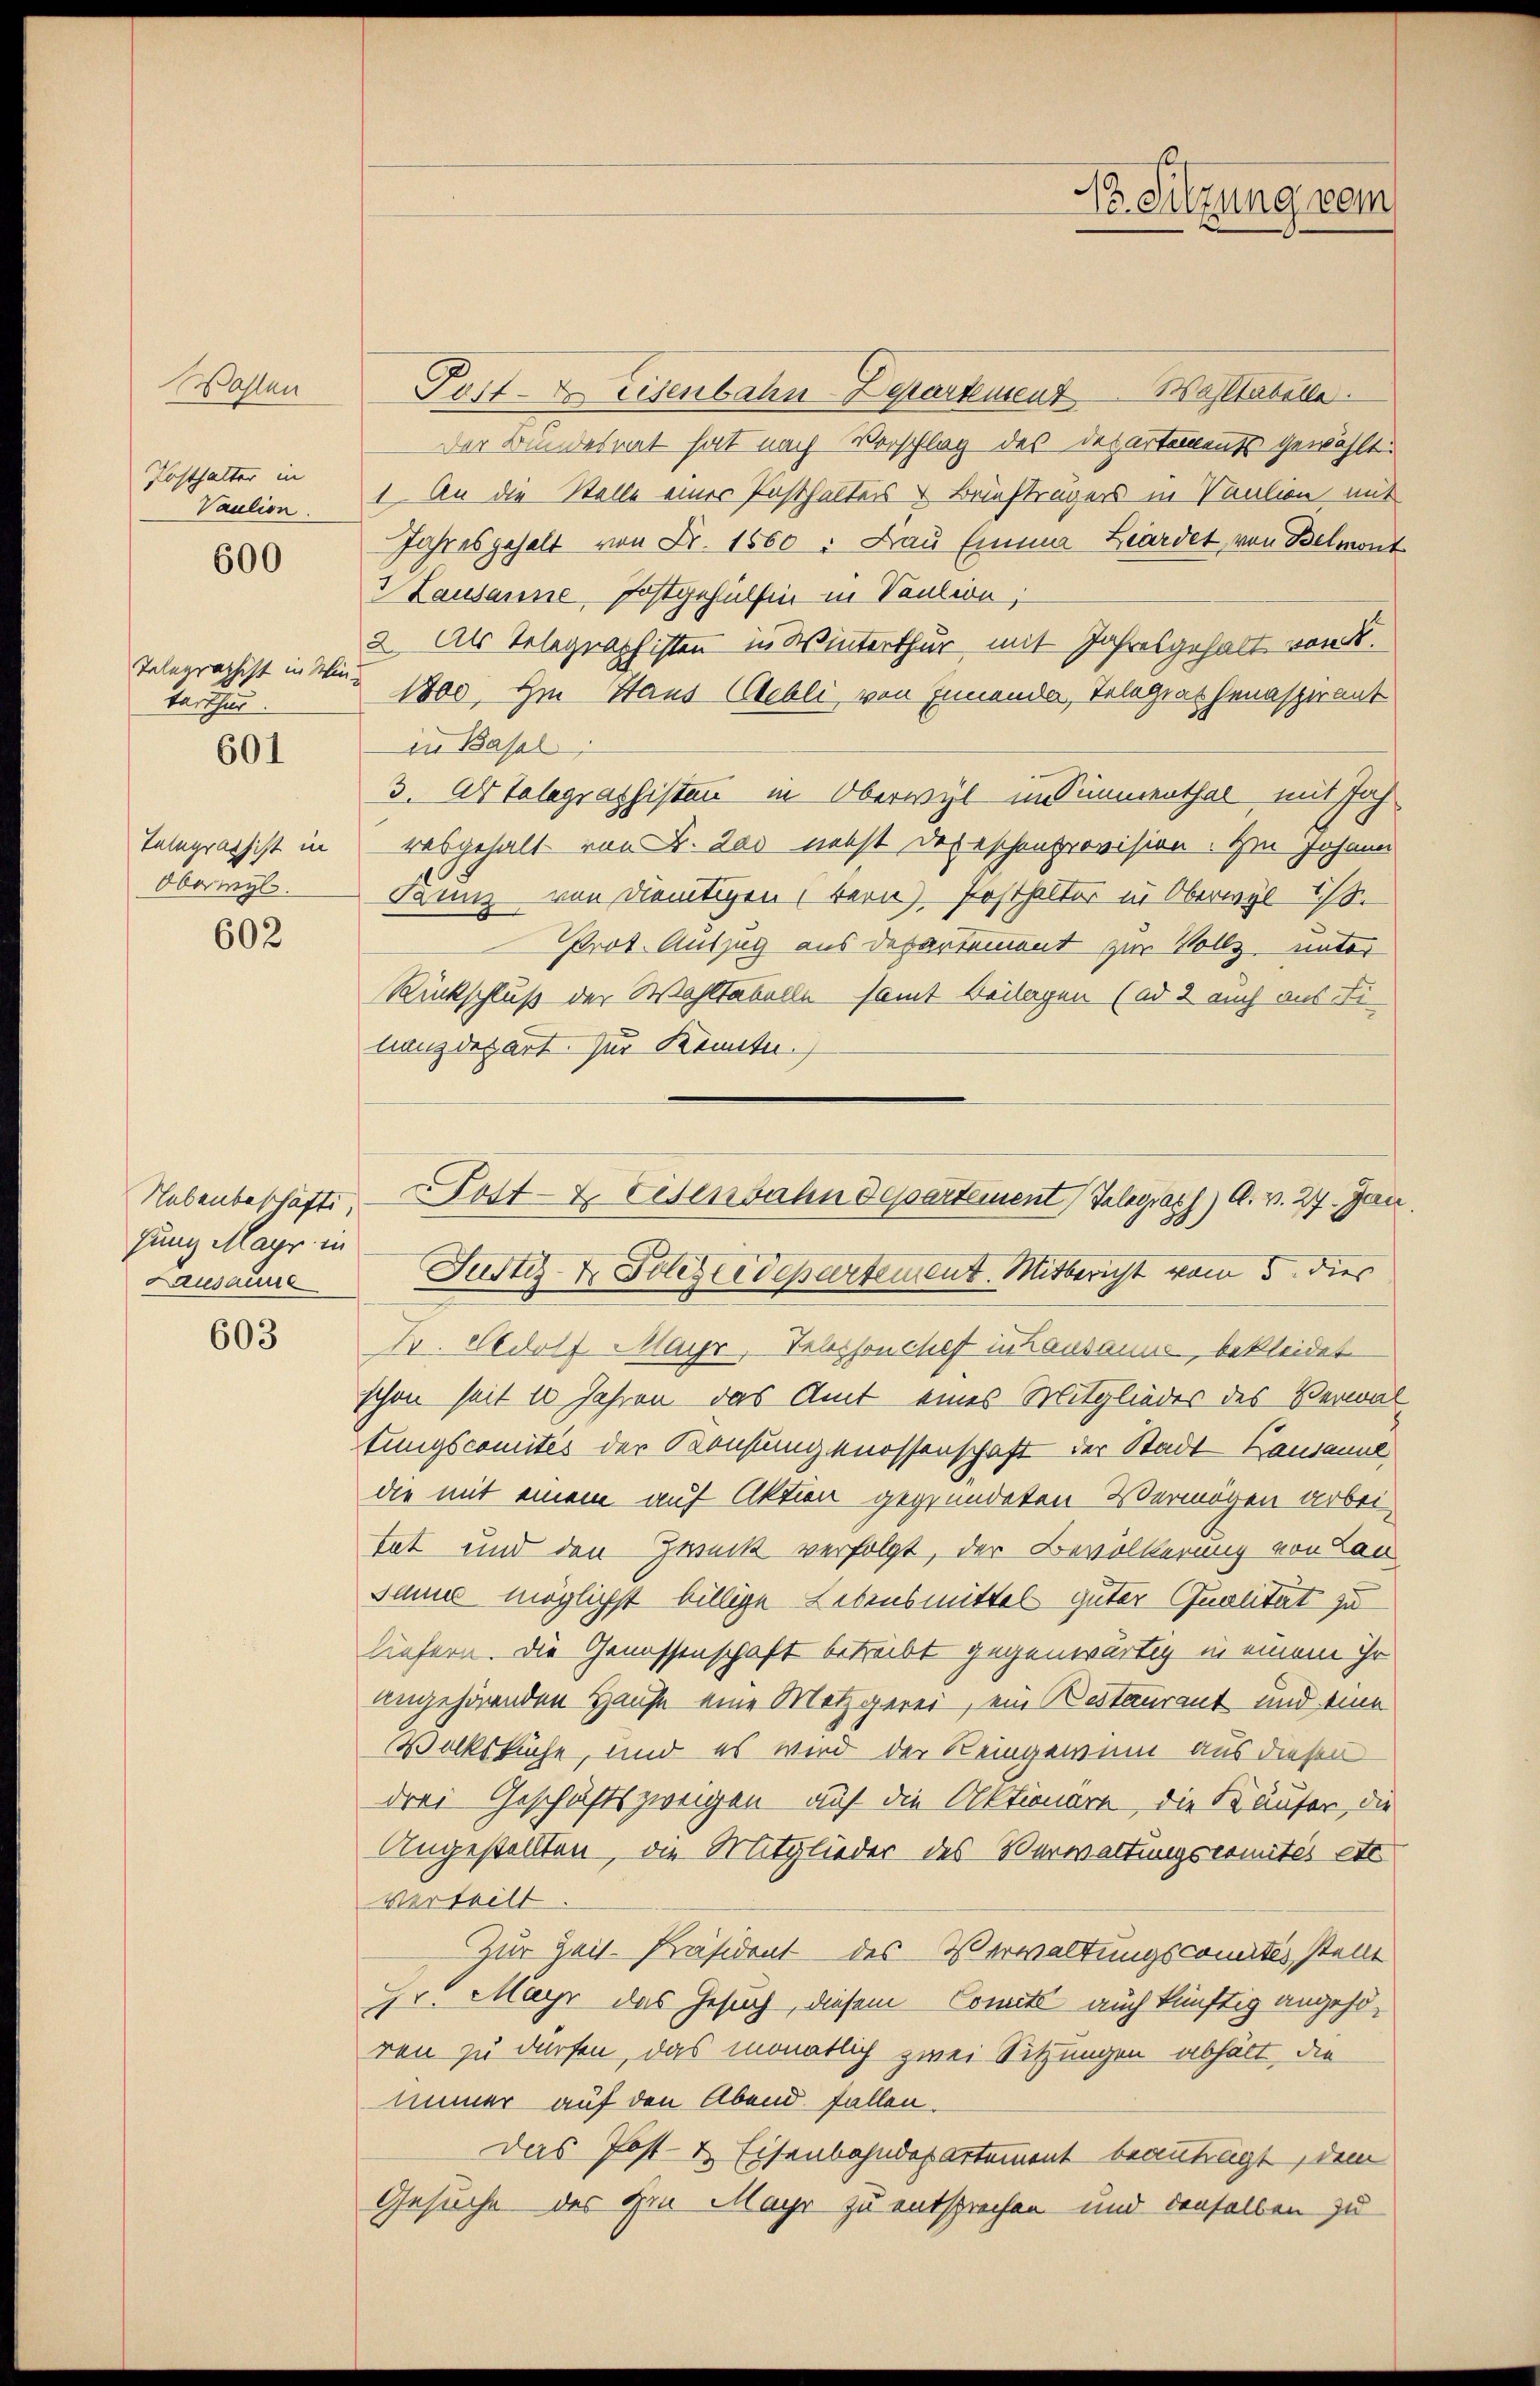
Wohlen
Posthalter in
Vaution

600

Telegraphist in Win
tarthur

601

Telegraphist in
Oberwyl

602

Nebenbeschäfts,
gung Mayr in
Lausaure

603

Post- & Eisenbahn Departement Waltabelle.
Der Bundesrat hat nach Vorschlag des Departements gewählt.
1. An die Stelle einer Posthalters & Briefträgers in Vaution mit
Jahresgehalt von Fr. 1860. Frau Emma Liardet, von Belmont
3 Lausanne Postgehülfen in Saution.
2. Als Telegraphisten in Winterthur mit Jahresgehalt von K.
1800. Im Haus Gebli von Innende, Telegrathenaspirant
in Basel
3. Ab Telegraphisten in Oberwyl im Simmenthal mit Jahausgehalt von Fr. 200 nebst Depeschenprovision. Zu Johann
Daunz von dientigen, bern) Posthalter in Oberwyl 1 S.
Prot. Auszug aus Departement zur Vollz unter
Rückschluß der Wahltabelle samt Beilagen (ad 2 auch aus Filanz des Art. Zur Kenntn
Justiz- & Polizeidepartement. Mitbericht vom 5. dies
Fr. Adolf Mayr, Telephonchef in Lausanne, bekleidet.
schon seit 10 Jahren das Amt eines Mitglieder des Verwal
tungscomités der Konsungenossenschaft der Stadt Lausanne
die mit einem auf Aktion gegründeten Vermögen arbeitat und den Zweck verfolgt, der Bevölkerung von Lau
San möglichst billige Lebensmittel guter Qualität zu
liefern. Die Genossenschaft betreibt gegenwärtig in einem ihr
angehörenden Hause eine Metzgerei, ein Restaurant und eine
Volksküche, und es wird der Reingewinn aus diesen
drei Geschäftszweigen auf die Aktionare, die Käufer, die
Angestellten, die Mitglieder des Verwaltungscomités etc
verteilt
Zur Zeit-Präsident des Verwaltungscomités, stein
Hr. Mayr das Gesuch, diesem Comits auch künftig angehören zu dürfen, das monatlich zwei Sitzungen abhält, die
immer auf den Abend fallen.
Das Post- & Eisenbahndepartement beantragt, dem
Gesuche des im Mayr zu entsprechen und denselben zu

Post- & Eisenbahndepartement Telegraph) A. v. 27. Jan

Pr. Sitzung vom